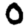
Digit: 0